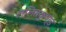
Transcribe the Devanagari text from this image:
ललितकुण्ड